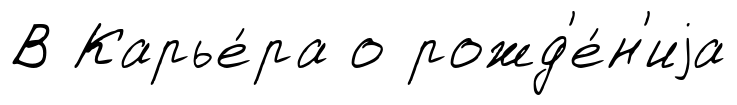
В Карье́ра о рожд'е́н'иjа